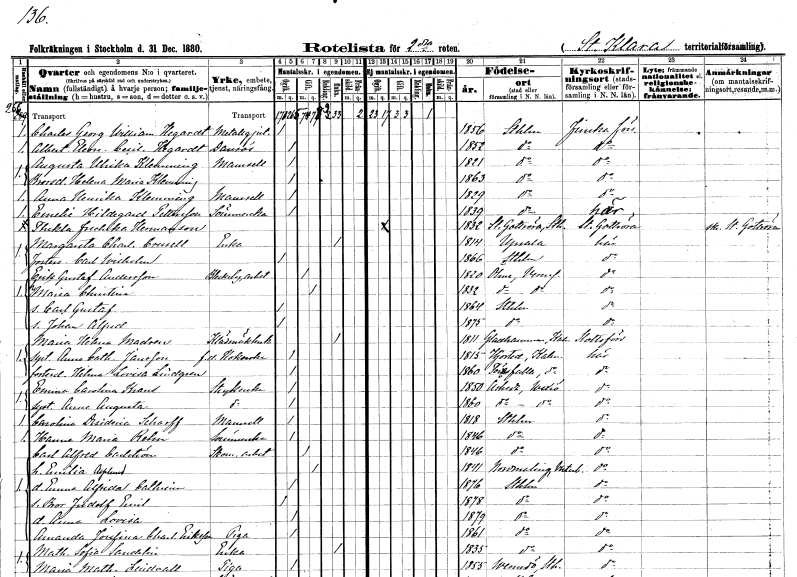
gt_parse: households: individuals: FN: Charles Georg William
EN: Hegardt
YRKE: Metallgjutare
KON: M
CIV: O
FODAR: 1856
FODFORS: Stockholm
FN: Albertina Eleonora Cecilia
EN: Hegardt
YRKE: Dansös
KON: K
CIV: O
FODAR: 1852
FODFORS: Stockholm
FN: Augusta Ulrika
EN: Klemming
KON: K
CIV: O
FODAR: 1821
FODFORS: Stockholm
FN: Helena Maria
EN: Klemming
KON: K
CIV: O
FODAR: 1863
FODFORS: Stockholm
FN: Anna Henrika
EN: Klemming
KON: K
CIV: O
FODAR: 1829
FODFORS: Stockholm
FN: Emelie Hildegard
EN: Pettersson
YRKE: Sömmerska
KON: K
CIV: O
FODAR: 1839
FODFORS: Stockholm
FN: Thekla Fredrika
EN: Hermansson
KON: K
CIV: O
FODAR: 1832
FODFORS: Gottröra Stockholms län
FN: Margareta Charlotta
EN: Crusell
YRKE: Änka
KON: K
CIV: E
FODAR: 1814
FODFORS: Uppsala Uppsala län
FN: Carl Wilhelm
KON: M
CIV: O
FODAR: 1866
FODFORS: Stockholm
FN: Erik Gustaf
EN: Andersson
YRKE: Bleckslageriarbetare
KON: M
CIV: G
FODAR: 1820
FODFORS: Ölme Värmlands län
FN: Maria Christina
KON: K
CIV: G
FODAR: 1832
FODFORS: Ölme Värmlands län
FN: Carl Gustaf
KON: M
CIV: O
FODAR: 1864
FODFORS: Stockholm
FN: Johan Alfred
KON: M
CIV: O
FODAR: 1875
FODFORS: Stockholm
FN: Maria Helena
EN: Madsen
YRKE: Klädmäklerska
KON: K
CIV: E
FODAR: 1811
FODFORS: Gladhammar Kalmar län
FN: Anna Catharina
EN: Jansson
YRKE: Kokerska f.d.
KON: K
CIV: O
FODAR: 1815
FODFORS: Hjorted Kalmar län
FN: Hilma Lovisa
EN: Lindgren
KON: K
CIV: O
FODAR: 1860
FODFORS: Törnsfall Kalmar län
FN: Emma Carolina
EN: Krans
YRKE: Strykerska
KON: K
CIV: O
FODAR: 1850
FODFORS: Åseda Kronobergs län
FN: Anna Augusta
YRKE: Strykerska
KON: K
CIV: O
FODAR: 1860
FODFORS: Åseda Kronobergs län
FN: Carolina Desideria
EN: Scharff
KON: K
CIV: O
FODAR: 1818
FODFORS: Stockholm
FN: Hanna Maria
EN: Rehn
YRKE: Sömmerska
KON: K
CIV: O
FODAR: 1846
FODFORS: Stockholm
FN: Carl Alfred
EN: Carlström
YRKE: Skomakeriarbetare
KON: M
CIV: G
FODAR: 1846
FODFORS: Stockholm
FN: Emilia
EN: Asplund
KON: K
CIV: G
FODAR: 1841
FODFORS: Nordmaling Västerbottens län
FN: Emma Alfrida Cathrina
KON: K
CIV: O
FODAR: 1876
FODFORS: Stockholm
FN: Bror Fridolf Emil
KON: M
CIV: O
FODAR: 1878
FODFORS: Stockholm
FN: Anna Lovisa
KON: K
CIV: O
FODAR: 1879
FODFORS: Stockholm
FN: Amanda Josefina Charlotta
EN: Eriksson
YRKE: Piga
KON: K
CIV: O
FODAR: 1861
FODFORS: Stockholm
FN: Mathilda Sofia
EN: Sandelin
YRKE: Änka
KON: K
CIV: E
FODAR: 1835
FODFORS: Stockholm
FN: Maria Mathilda
EN: Lindvall
YRKE: Piga
KON: K
CIV: O
FODAR: 1855
FODFORS: Värmdö Stockholms län